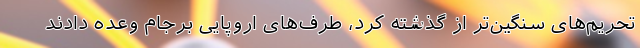
تحریم‌های سنگین‌تر از گذشته کرد، طرف‌های اروپایی برجام وعده دادند